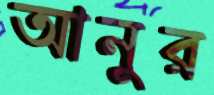
আনুর